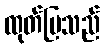
ထုတ်ပြသည်